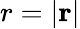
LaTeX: r=|\mathbf{r}|